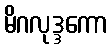
မိဂလုဒ္ဒကော